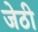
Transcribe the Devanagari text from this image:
जेठी